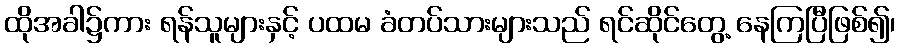
ထိုအခါ၌ကား ရန်သူများနှင့် ပထမ ခံတပ်သားများသည် ရင်ဆိုင်တွေ့ နေကြပြီဖြစ်၍၊